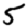
Digit: 5